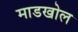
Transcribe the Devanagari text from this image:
माडखोल